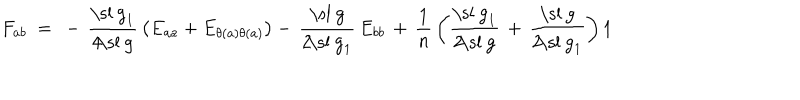
LaTeX: F _ { a b } ~ = ~ - \, { \frac { \mathrm { \ s l ~ g } _ { 1 } } { 4 \! \mathrm { \ s l ~ g } } } \left( E _ { a a } + E _ { \theta ( a ) \theta ( a ) } \right) - \, { \frac { \mathrm { \ s l ~ g } } { 2 \! \mathrm { \ s l ~ g } _ { 1 } } } \, E _ { b b } \, + \, { \frac { 1 } { n } } \left( { \frac { \mathrm { \ s l ~ g } _ { 1 } } { 2 \! \mathrm { \ s l ~ g } } } \, + \, { \frac { \mathrm { \ s l ~ g } } { 2 \! \mathrm { \ s l ~ g } _ { 1 } } } \right) 1